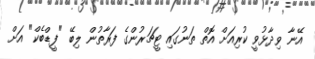
އޭނާ ވިދާޅުވީ ކުރިއަށް އޮތް ތަނުގައި ޓީޗަރުންގެ ފަރާތުން ލިބޭ "ފީޑްބެކް" އަށް